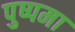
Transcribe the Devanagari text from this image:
पुष्पमा